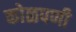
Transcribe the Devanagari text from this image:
कोळपणी